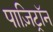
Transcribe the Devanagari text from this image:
पाज़िट्रॉन